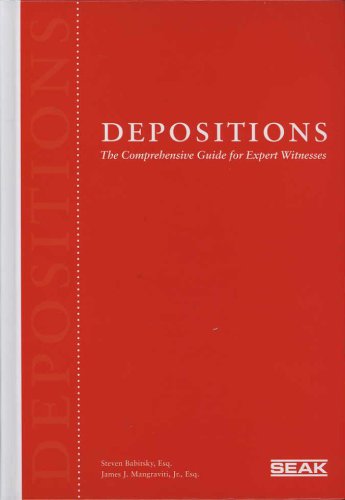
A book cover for Depositions: The Comprehensive Guide for Expert Witnesses; Steven Babitsky; Law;